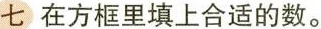
七在方框里填上合适的数。